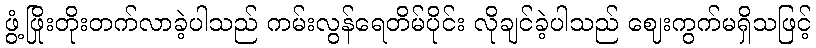
ဖွံ့ဖြိုးတိုးတက်လာခဲ့ပါသည် ကမ်းလွန်ရေတိမ်ပိုင်း လိုချင်ခဲ့ပါသည် ဈေးကွက်မရှိသဖြင့်